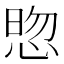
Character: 𭝓